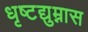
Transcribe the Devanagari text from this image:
धृष्टद्युम्नास